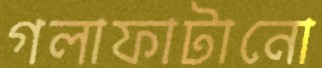
গলাফাটানো